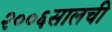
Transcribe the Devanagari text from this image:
२००६सालची